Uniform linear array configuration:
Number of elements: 32
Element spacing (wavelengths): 0.5
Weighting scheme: uniform
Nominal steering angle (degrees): -45
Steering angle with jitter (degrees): -45.604
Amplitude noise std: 0.05
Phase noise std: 0.05

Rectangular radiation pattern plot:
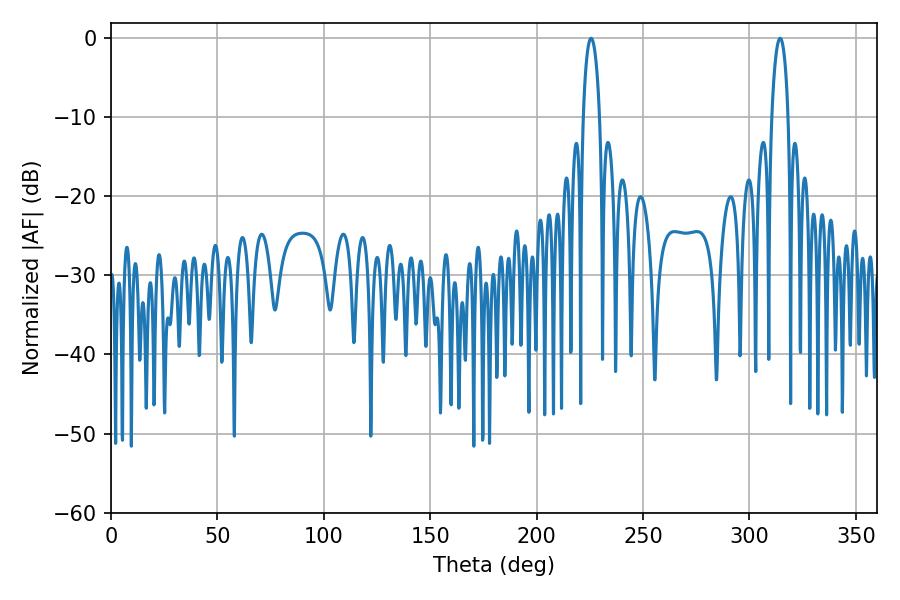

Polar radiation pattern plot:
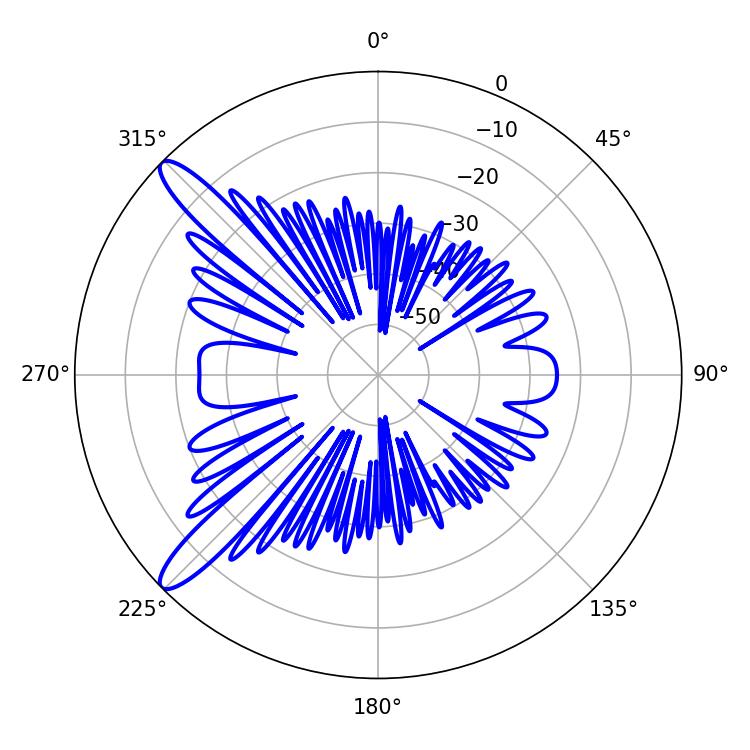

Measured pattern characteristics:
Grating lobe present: FALSE
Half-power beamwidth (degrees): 4.5
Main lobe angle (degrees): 225.54